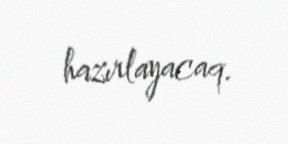
hazırlayacaq.